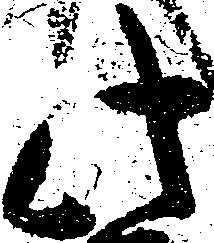
此